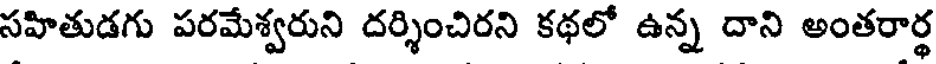
సహితుడగు పరమేశ్వరుని దర్శించిరని కథలో ఉన్న దాని అంతరార్థ